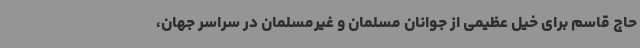
حاج قاسم برای خیل عظیمی از جوانان مسلمان و غیرمسلمان در سراسر جهان،